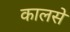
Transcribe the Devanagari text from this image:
कालसे